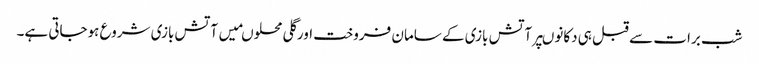
شب برات سے قبل ہی دکانوںپرآتش بازی کے سامان فروخت اورگلی محلوںمیں آتش بازی شروع ہوجاتی ہے۔